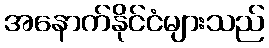
အနောက်နိုင်ငံများသည်